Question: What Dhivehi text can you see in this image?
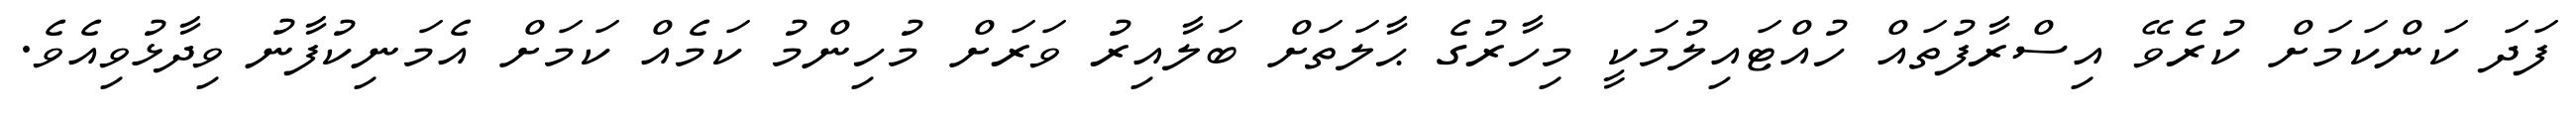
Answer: ފަދަ ކަންކަމަށް ކުރެވޭ އިސްރާފުތައް ހުއްޓައިލުމަކީ މިހާރުގެ ޙާލަތަށް ބަލާއިރު ވަރަށް މުހިންމު ކަމެއް ކަމަށް އެމަނިކުފާނު ވިދާޅުވިއެވެ.